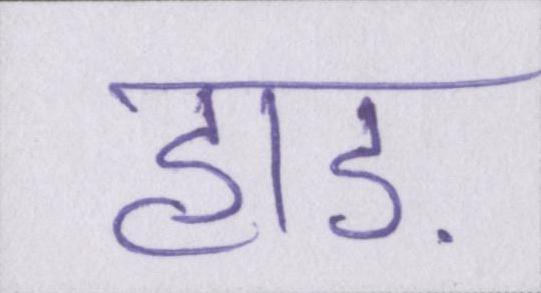
हाड़